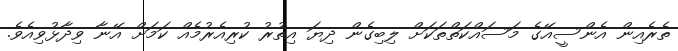
ތެރެއިން އެންސީއޭގެ މަސައްކަތްތަކަށް ލިބިގެން ދިޔަ އިތުރު ކުރިއެރުމެއް ކަމަށް އޭނާ ވިދާޅުވިއެވެ.